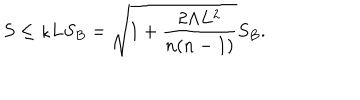
S \leq \kappa L S _ { B } = \sqrt { 1 + { \frac { 2 \Lambda L ^ { 2 } } { n ( n - 1 ) } } } S _ { B } .